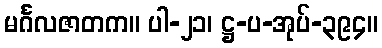
မင်္ဂလဇာတက။ ပါ-၂၁၊ ဋ္ဌ-ပ-အုပ်-၃၉၄။